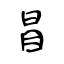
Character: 冒